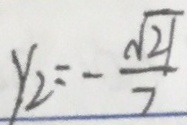
y _ { 2 } = - \frac { \sqrt { 2 1 } } { 7 }